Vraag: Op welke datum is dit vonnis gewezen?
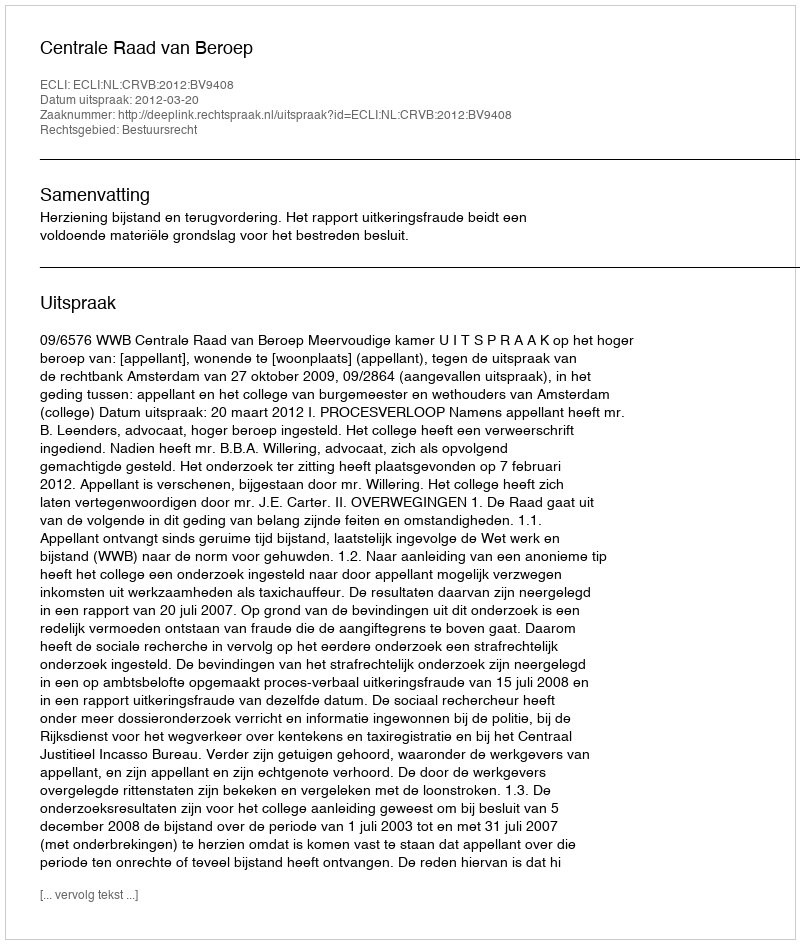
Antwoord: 2012-03-20